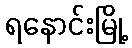
ရနောင်းမြို့